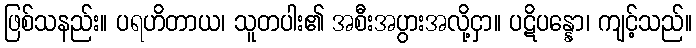
ဖြစ်သနည်း။ ပရဟိတာယ၊ သူတပါး၏ အစီးအပွားအလို့ငှာ။ ပဋိပန္နော၊ ကျင့်သည်။